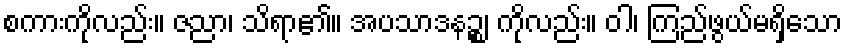
စကားကိုလည်း။ ဇညာ၊ သိရာ၏။ အပသာဒနဉ္စ၊ ကိုလည်း။ ဝါ၊ ကြည်ဖွယ်မရှိသော